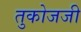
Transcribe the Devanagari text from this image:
तुकोजजी